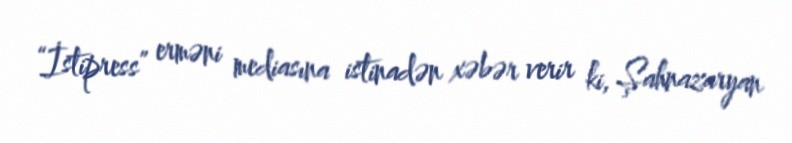
“İstipress” erməni mediasına istinadən xəbər verir ki, Şahnazaryan